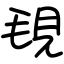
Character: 覒